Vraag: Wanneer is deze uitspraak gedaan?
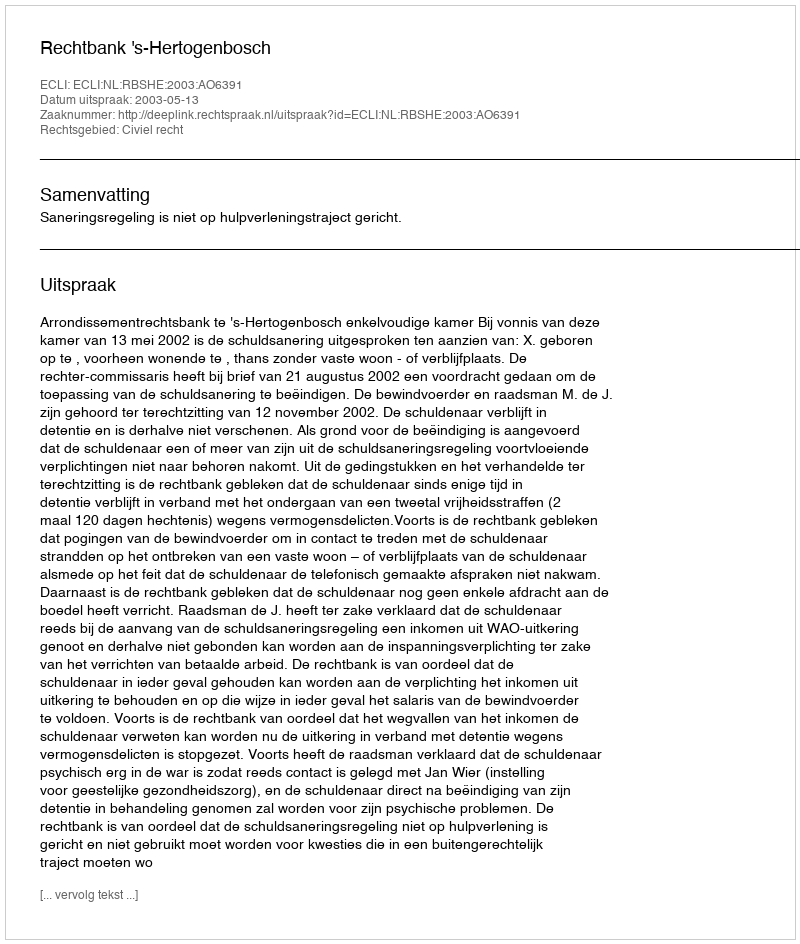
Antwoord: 2003-05-13